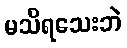
မသိရသေးဘဲ